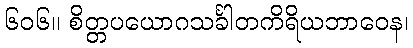
၆၀၆။ စိတ္တပယောဂသင်္ခါတကိရိယဘာဝေန၊